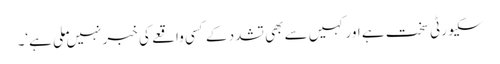
سکیورٹی سخت ہے اور کہیں سے بھی تشدد کے کسی واقعے کی خبر نہیں ملی ہے‘۔